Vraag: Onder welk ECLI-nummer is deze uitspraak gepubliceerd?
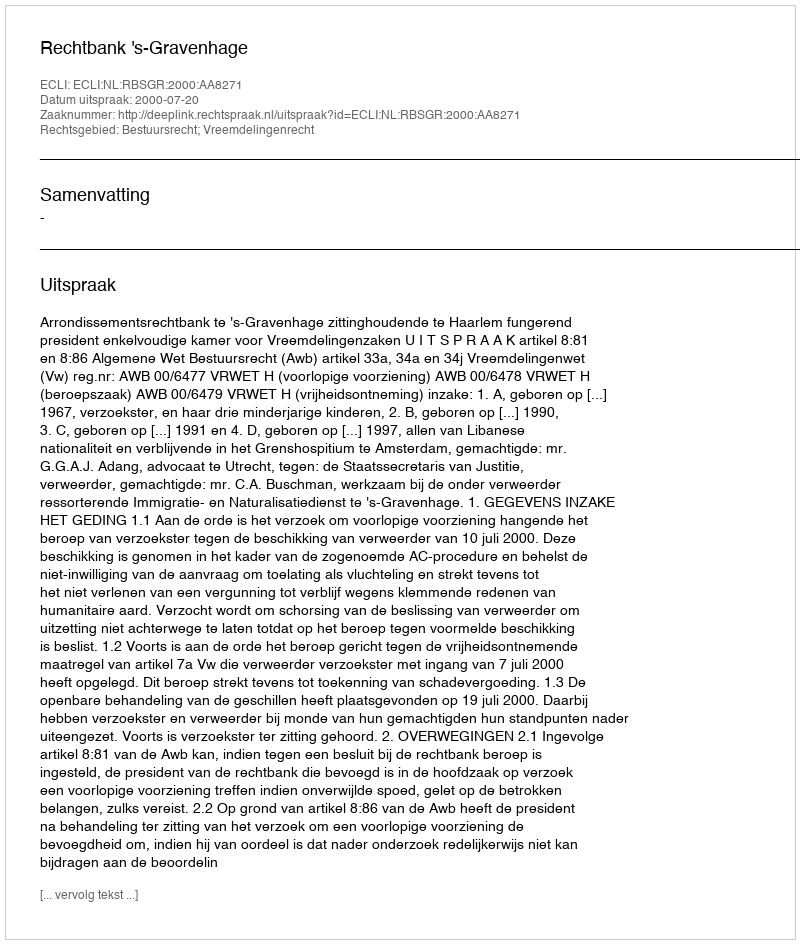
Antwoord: ECLI:NL:RBSGR:2000:AA8271